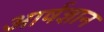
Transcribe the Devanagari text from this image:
आर्षज्ञान